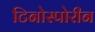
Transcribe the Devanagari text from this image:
टिनोस्पोरीन